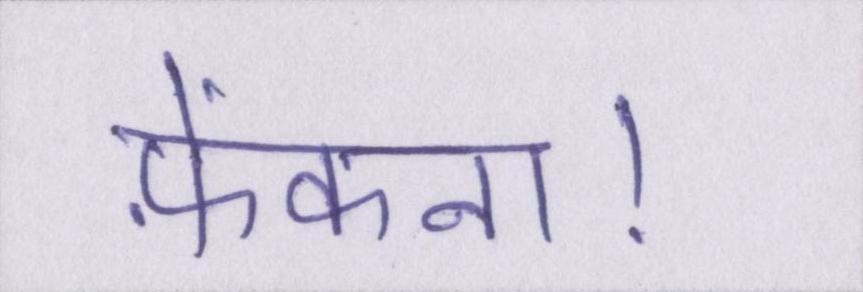
फ़ेंकना।